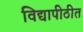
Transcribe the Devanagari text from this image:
विद्यापीठीत